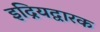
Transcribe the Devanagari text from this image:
इद्रियद्वारक